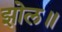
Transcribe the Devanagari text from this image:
झोल॥